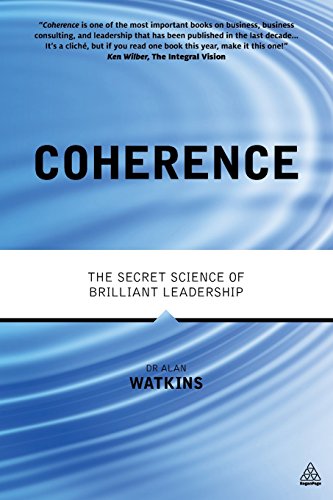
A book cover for Coherence: The Secret Science of Brilliant Leadership; Alan Watkins; Business & Money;